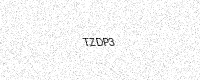
Text: TZDP3